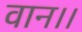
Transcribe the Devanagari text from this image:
वान।।